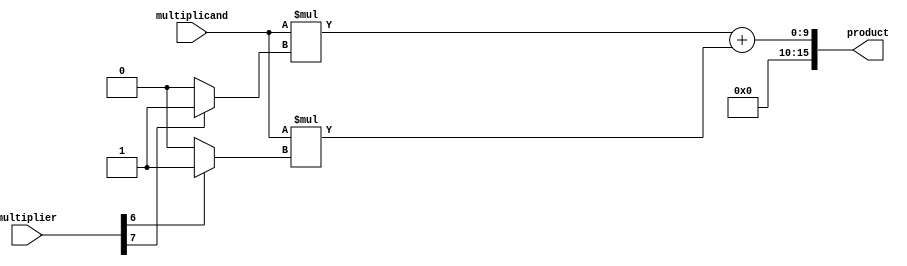
module Wallace_Tree_Multiplier (
    input [7:0] multiplicand,
    input [7:0] multiplier,
    output reg [15:0] product
);

reg [15:0] partial_products [7:0];
reg [15:0] sums [7:0];

genvar i;

generate
    for (i = 0; i < 8; i = i + 1) begin : generate_partial_products
        assign partial_products[i] = multiplicand * (multiplier[i] ? {1'b0, multiplier[i]} : 8'b0);
    end

    for (i = 0; i < 8; i = i + 1) begin : generate_sums
        assign sums[i] = partial_products[i] + (i >= 1 ? partial_products[i-1] : 16'b0);
    end

    always @(*) begin
        product = sums[7];
    end
endgenerate

endmodule